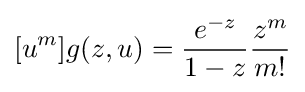
[u^{m}]g(z,u)={\frac {e^{-z}}{1-z}}{\frac {z^{m}}{m!}}